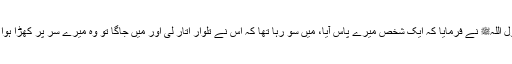
رسول اللہﷺ نے فرمایا کہ ایک شخص میرے پاس آیا، میں سو رہا تھا کہ اس نے تلوار اتار لی اور میں جاگا تو وہ میرے سر پر کھڑا ہوا تھا۔